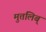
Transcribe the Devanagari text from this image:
मुत्तलिब्